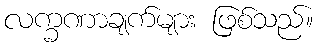
လက္ခဏာချက်များ ဖြစ်သည်။